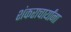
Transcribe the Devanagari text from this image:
शंकराचार्यांना